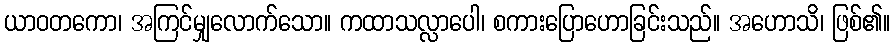
ယာဝတကော၊ အကြင်မျှလောက်သော။ ကထာသလ္လာပေါ၊ စကားပြောဟောခြင်းသည်။ အဟောသိ၊ ဖြစ်၏။